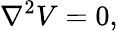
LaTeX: \nabla^{2}V=0,